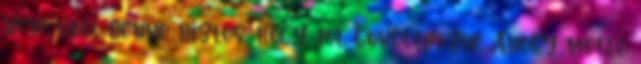
nem volt benne biztos, hogy jól gondolkozik. Ahogy mellé